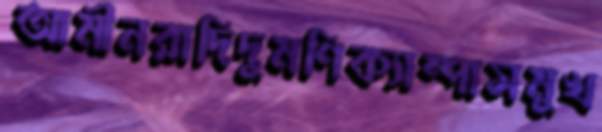
আমীনরাদিদুমণিক্যাম্পাসমুখ